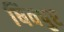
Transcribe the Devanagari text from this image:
षिवपुर